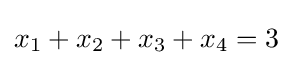
x_{1}+x_{2}+x_{3}+x_{4}=3